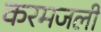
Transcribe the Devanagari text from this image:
करमजली